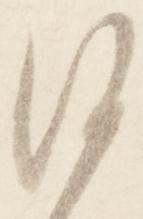
沙